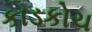
કાડકોચ